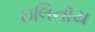
ઇલિનૉય